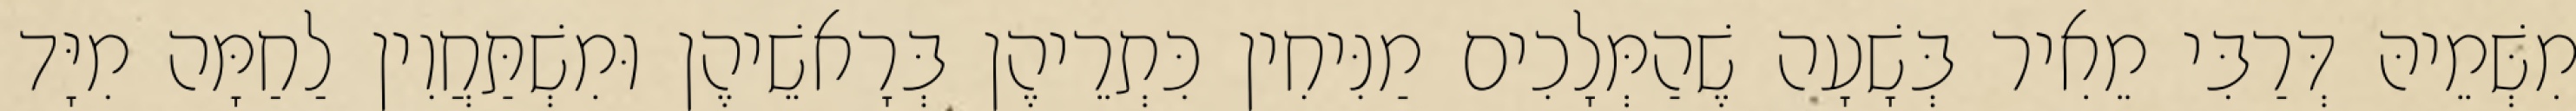
מִשְּׁמֵיהּ דְּרַבִּי מֵאִיר בְּשָׁעָה שֶׁהַמְּלָכִים מַנִּיחִין כִּתְרֵיהֶן בְּרָאשֵׁיהֶן וּמִשְׁתַּחֲוִין לַחַמָּה מִיָּד